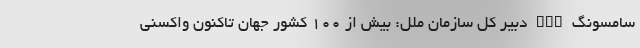
سامسونگ nan دبیر کل سازمان ملل: بیش از 100 کشور جهان تاکنون واکسنی